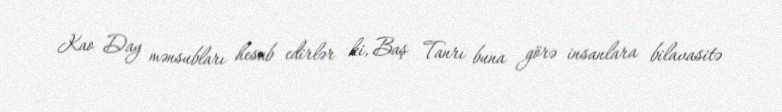
Kao Day mənsubları hesab edirlər ki, Baş Tanrı buna görə insanlara bilavasitə